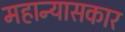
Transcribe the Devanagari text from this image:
महान्यासकार